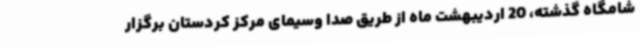
شامگاه گذشته، 20 اردیبهشت‌ ماه از طریق صدا وسیمای مرکز کردستان برگزار